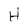
Character: H